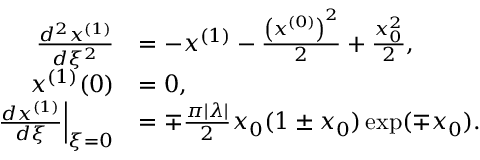
\begin{array} { r l } { \frac { d ^ { 2 } x ^ { ( 1 ) } } { d \xi ^ { 2 } } } & { = - x ^ { ( 1 ) } - \frac { \left( x ^ { ( 0 ) } \right) ^ { 2 } } { 2 } + \frac { x _ { 0 } ^ { 2 } } { 2 } , } \\ { x ^ { ( 1 ) } ( 0 ) } & { = 0 , } \\ { \left. \frac { d x ^ { ( 1 ) } } { d \xi } \right| _ { \xi = 0 } } & { = \mp \frac { \pi | \lambda | } { 2 } x _ { 0 } ( 1 \pm x _ { 0 } ) \exp ( \mp x _ { 0 } ) . } \end{array}